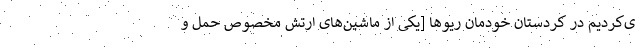
ی‌کردیم در کردستان خودمان ریوها [یکی از ماشین‌های ارتش مخصوص حمل و